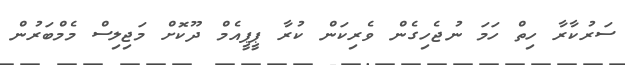
ސަރުކާރާ ހިތް ހަމަ ނުޖެހިގެން ވެރިކަން ކުރާ ޕީޕީއެމް ދޫކޮށް މަޖިލިސް މެމްބަރުން